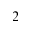
^ 2